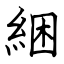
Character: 綑